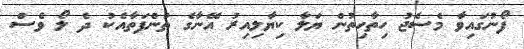
ފޯނުގައިވާ މެސެޖު ހިތާހިތުން ޔަލާ ކިޔާލިއިރު އޭނާގެ ތުންފަތާއެކު ދެ ލޯ ވެސް